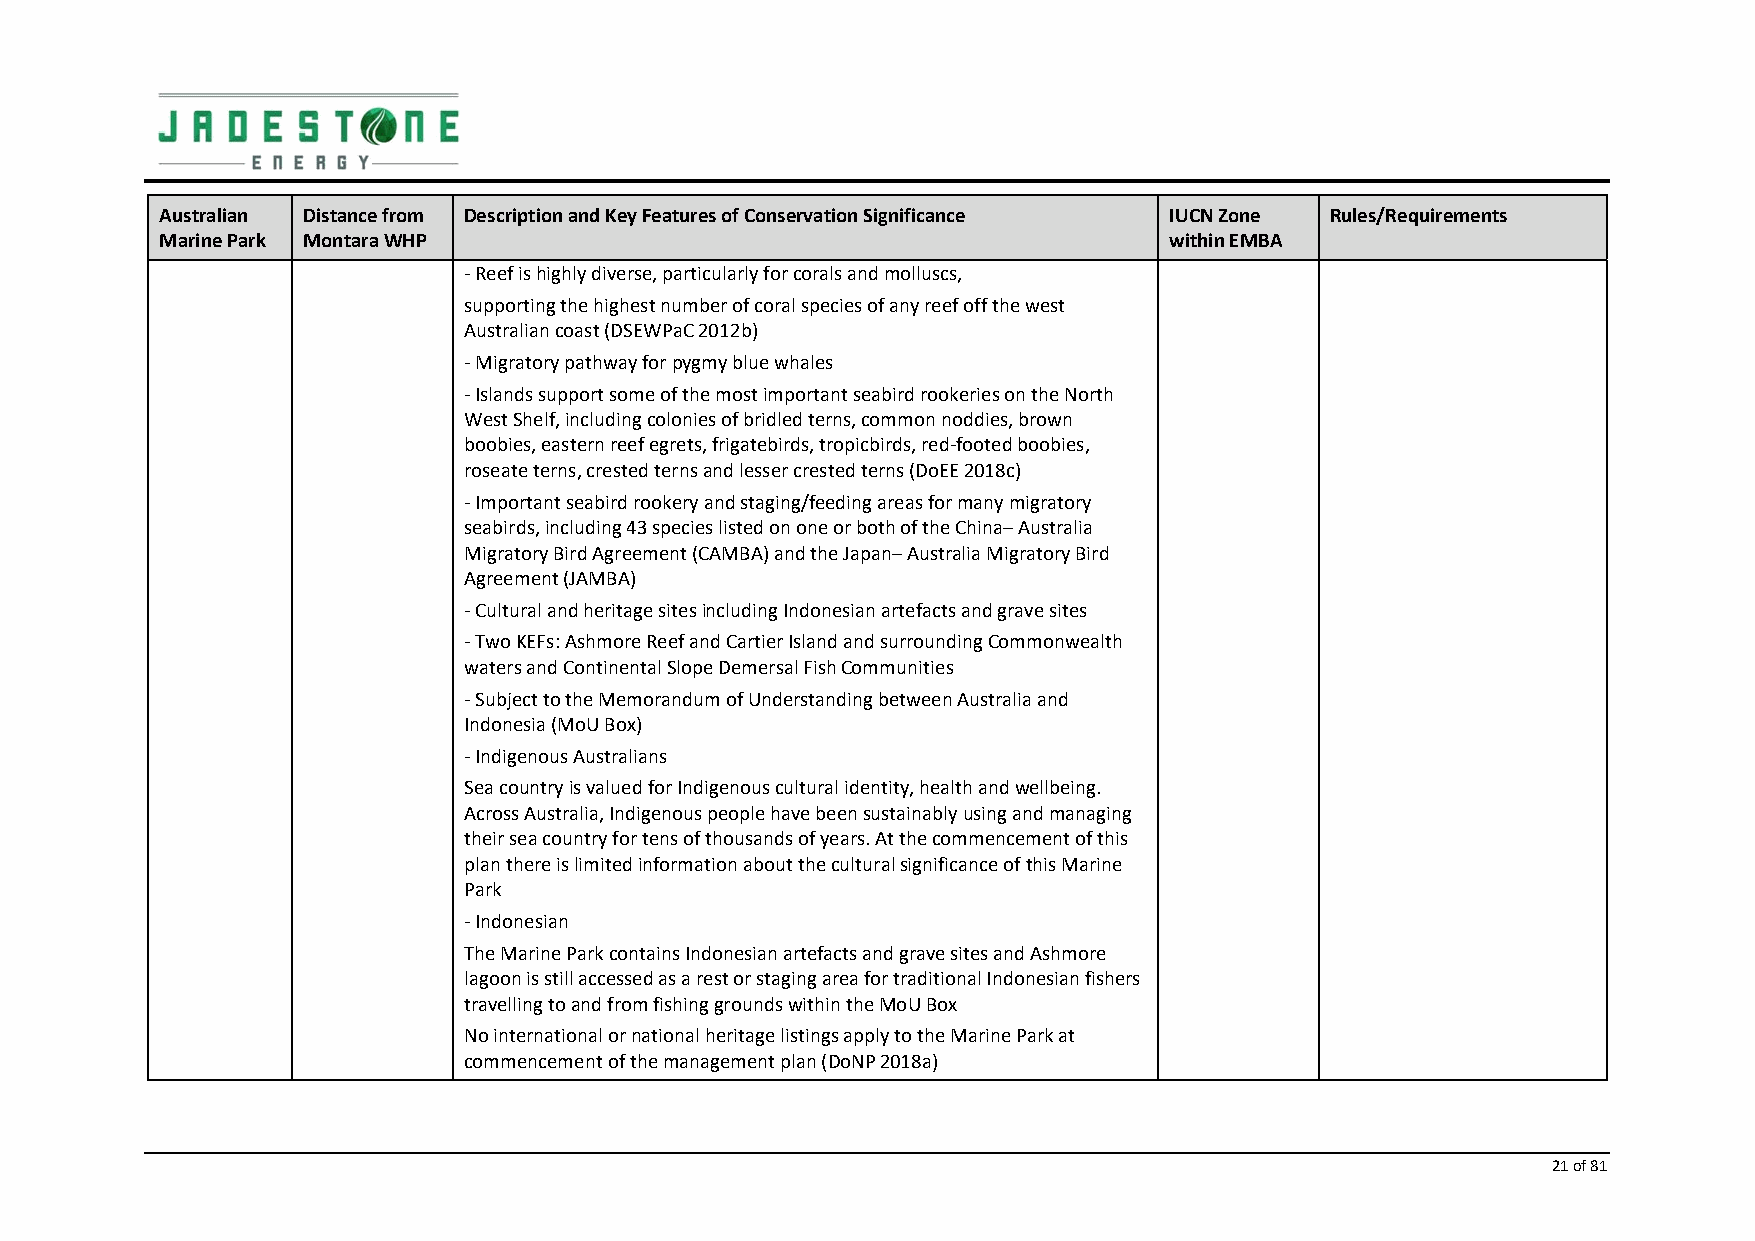
Australian Distance from Description and Key Features of Conservation Significance IUCN Zone Rules/Requirements
 Marine Park Montara WHP                                           within EMBA
 ‐ Reef is highly diverse, particularly for corals and molluscs,
 supporting the highest number of coral species of any reef off the west
 Australian coast (DSEWPaC 2012b)
 ‐ Migratory pathway for pygmy blue whales
 ‐ Islands support some of the most important seabird rookeries on the North
 West Shelf, including colonies of bridled terns, common noddies, brown
 boobies, eastern reef egrets, frigatebirds, tropicbirds, red‐footed boobies,
 roseate terns, crested terns and lesser crested terns (DoEE 2018c)
 ‐ Important seabird rookery and staging/feeding areas for many migratory
 seabirds, including 43 species listed on one or both of the China– Australia
 Migratory Bird Agreement (CAMBA) and the Japan– Australia Migratory Bird
 Agreement (JAMBA)
 ‐ Cultural and heritage sites including Indonesian artefacts and grave sites
 ‐ Two KEFs: Ashmore Reef and Cartier Island and surrounding Commonwealth
 waters and Continental Slope Demersal Fish Communities
 ‐ Subject to the Memorandum of Understanding between Australia and
 Indonesia (MoU Box)
 ‐ Indigenous Australians
 Sea country is valued for Indigenous cultural identity, health and wellbeing.
 Across Australia, Indigenous people have been sustainably using and managing
 their sea country for tens of thousands of years. At the commencement of this
 plan there is limited information about the cultural significance of this Marine
 Park
 ‐ Indonesian
 The Marine Park contains Indonesian artefacts and grave sites and Ashmore
 lagoon is still accessed as a rest or staging area for traditional Indonesian fishers
 travelling to and from fishing grounds within the MoU Box
 No international or national heritage listings apply to the Marine Park at
 commencement of the management plan (DoNP 2018a)
 21 of 81